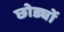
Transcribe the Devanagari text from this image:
छोड्यों